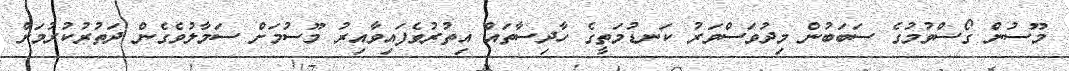
މޫސުން ގޯސްވުމުގެ ސަބަބުން މިދުވަސްވަރު ކަނޑުމަތީގެ ހާދިސާތައް އިތުރުވެފައިވާއިރު މޫސުމަށް ސަމާލުވެގެން ދަތުރުކުރުމަށް